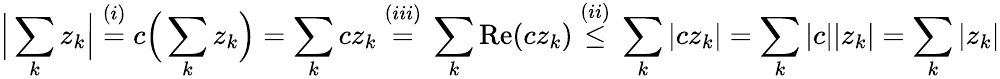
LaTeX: {\Big|}\sum_{k}z_{k}{\Big|}\; {\overset{(i)}{=}}\; c{\Big(}\sum_{k}z_{k}{\Big)}=\sum_{k}cz_{k}\; {\overset{(iii)}{=}}\; \sum_{k}\mathrm{Re}(cz_{k})\; {\overset{(ii)}{\leq}}\; \sum_{k}|cz_{k}|=\sum_{k}|c||z_{k}|=\sum_{k}|z_{k}|